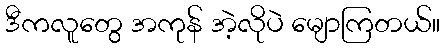
ဒီကလူတွေ အကုန် အဲ့လိုပဲ မျောကြတယ်။